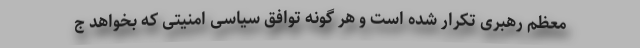
معظم رهبری تکرار شده است و هر گونه توافق سیاسی امنیتی که بخواهد ج